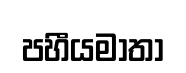
පහීයමාතා